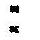
: